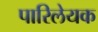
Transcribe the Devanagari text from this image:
पारिलेयक